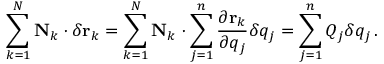
\sum _ { k = 1 } ^ { N } \mathbf { N } _ { k } \cdot \delta \mathbf { r } _ { k } = \sum _ { k = 1 } ^ { N } \mathbf { N } _ { k } \cdot \sum _ { j = 1 } ^ { n } { \frac { \partial \mathbf { r } _ { k } } { \partial q _ { j } } } \delta q _ { j } = \sum _ { j = 1 } ^ { n } Q _ { j } \delta q _ { j } \, .